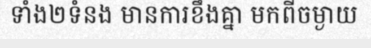
ទាំង២ទំនង មានការខឹងគ្នា មកពីចម្ងាយ